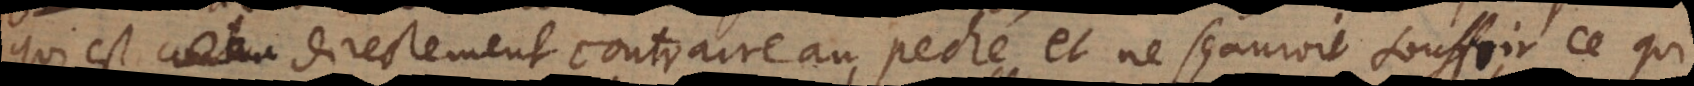
qui est directement contraire au peché et ne sçauroit souffrir ce qui